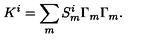
K ^ { i } = \sum _ { m } S _ { m } ^ { i } \Gamma _ { m } \Gamma _ { m } .